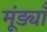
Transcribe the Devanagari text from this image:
मूंड्याँ